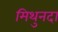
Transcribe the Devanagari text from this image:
मिथुनदा